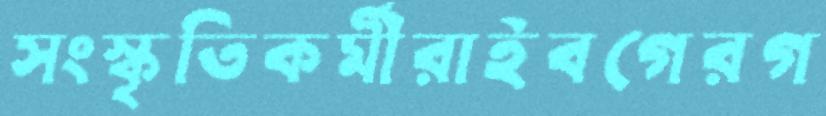
সংস্কৃতিকর্মীরাইবগেরগ